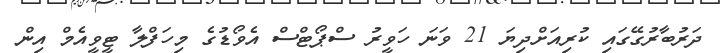
ދަރުބާރުގޭގައި ކުރިއަށްދިޔަ 21 ވަނަަ ހަވީރު ސްޕޯޓްސް އެވޯޑުގެ މިހަފްލާ ޓީވީއެމް އިން